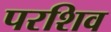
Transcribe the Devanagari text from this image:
परशिव